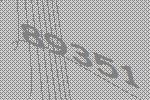
89351